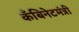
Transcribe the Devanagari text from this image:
कँबिनेटमंत्री